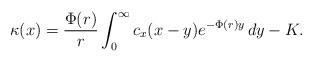
\begin{align*}\kappa(x) =\frac{\Phi(r)}{r}\int_{0}^{\infty}c_x(x-y)e^{-\Phi(r)y}\,dy - K. \end{align*}